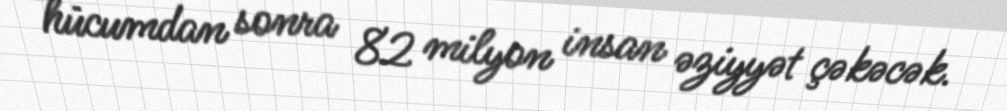
hücumdan sonra 82 milyon insan əziyyət çəkəcək.